Vaccination in Bombay 1869-1873 - 1869-1873
Year: 1869
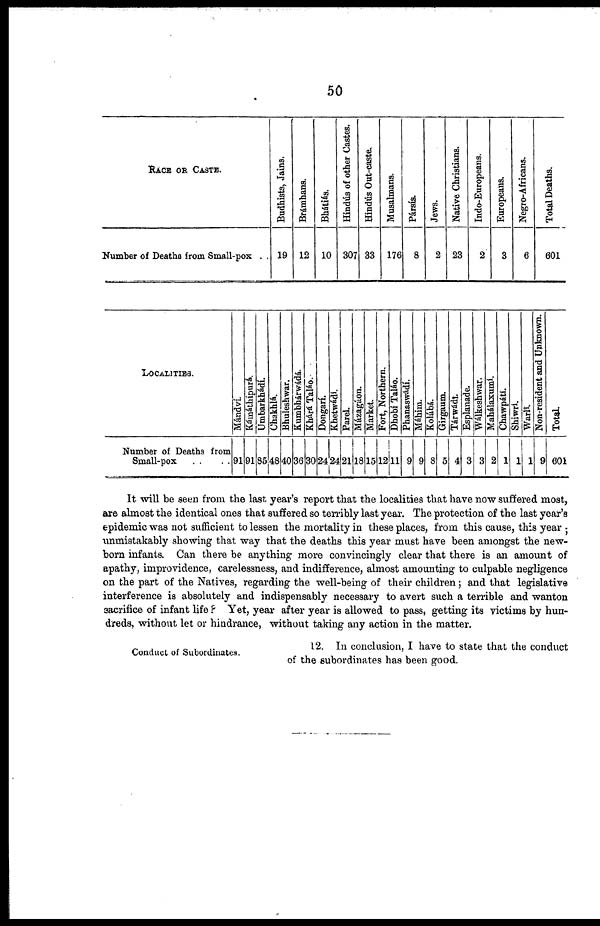
50
RACE OR CASTE.
Number of Deaths from Small-pox . .
Budhists, Jains.
19
Brámhans.
12
Bhátiás.
10
Hindús of other Castes.
307
Hindús Out-caste.
33
Musalmans.
176
Pársís.
8
Jews.
2
Native Christians.
23
Indo-Europeans.
2
Europeans.
3
Negro-Africans.
6
Total Deaths.
601
LOCALITIES.
Number of Deaths from
Small-pox .....
Mándvi
91
Kámáthipurá.
91
Umbarkhádí.
85
Chakhlá.
48
Bhuleshwar.
40
Kumbhárwádá.
36
Khárá Táláo.
30
Dongaríf.
24
Khetwádí.
24
Parel.
21
Mázagáon.
18
Market.
15
Fort, Northern.
12
Dhobí Taláo.
11
Phanaswádi.
9
Máhim.
9
Kolábá.
8
Girgaum.
5
Tárwadí.
4
Esplanade.
3
Wálkeshwar.
3
Mahálaxumi.
2
Chawpátí.
1
Shiwrí.
1
Warlí.
1
Non-resident and Unknown.
9
Total.
601
It will be seen from the last year's report that the localities that have now suffered most,
are almost the identical ones that suffered so terribly last year. The protection of the last year's
epidemic was not sufficient to lessen the mortality in these places, from this cause, this year ;
unmistakably showing that way that the deaths this year must have been amongst the new-
born infants. Can there be anything more convincingly clear that there is an amount of
apathy, improvidence, carelessness, and indifference, almost amounting to culpable negligence
on the part of the Natives, regarding the well-being of their children ; and that legislative
interference is absolutely and indispensably necessary to avert such a terrible and wanton
sacrifice of infant life ? Yet, year after year is allowed to pass, getting its victims by hun-
dreds, without let or hindrance, without taking any action in the matter.
Conduct of Subordinates.
12. In conclusion, I have to state that the conduct
of the subordinates has been good.